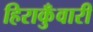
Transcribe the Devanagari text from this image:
हिराकुँवारी